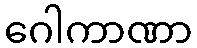
ဂေါကာဏာ